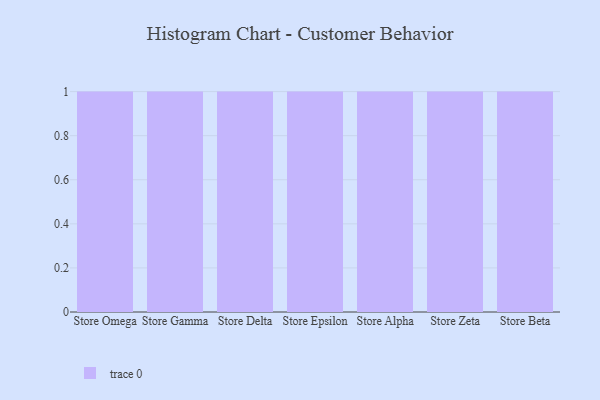
{"axis": {"x": "Store", "y": "Waste Production (Tons)"}, "legend": [""], "data": [{"x": "Store Omega", "y": 11, "type": ""}, {"x": "Store Gamma", "y": 99, "type": ""}, {"x": "Store Delta", "y": 43, "type": ""}, {"x": "Store Epsilon", "y": 33, "type": ""}, {"x": "Store Alpha", "y": 6, "type": ""}, {"x": "Store Zeta", "y": 42, "type": ""}, {"x": "Store Beta", "y": 100, "type": ""}]}